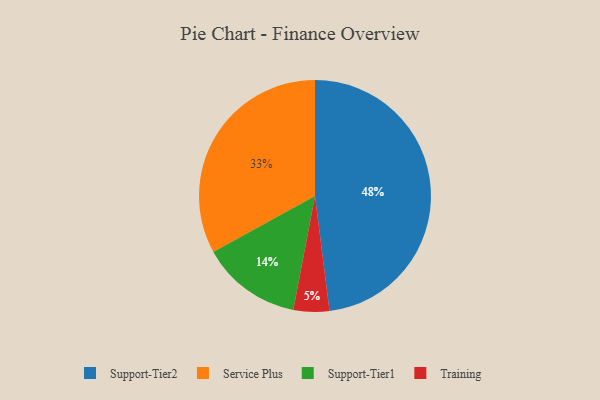
{"axis": {"x": "Category", "y": "Percentage"}, "legend": ["Service Plus", "Support-Tier1", "Support-Tier2", "Training"], "data": [{"x": "Service Plus", "y": 33, "type": "Service Plus"}, {"x": "Training", "y": 5, "type": "Training"}, {"x": "Support-Tier1", "y": 14, "type": "Support-Tier1"}, {"x": "Support-Tier2", "y": 48, "type": "Support-Tier2"}]}